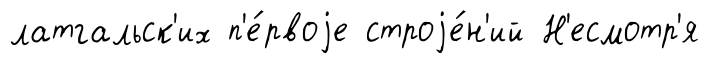
латгальск'их п'е́рвоjе строjе́н'ий Н'есмотр'я